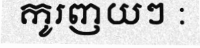
កូរញយៗ :